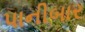
પાનીબાર